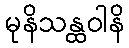
မုနိသန္ထဝါနိ